Civil Veterinary Department Bihar & Orissa reports 1911-21 - 1911-1921
Year: 1911
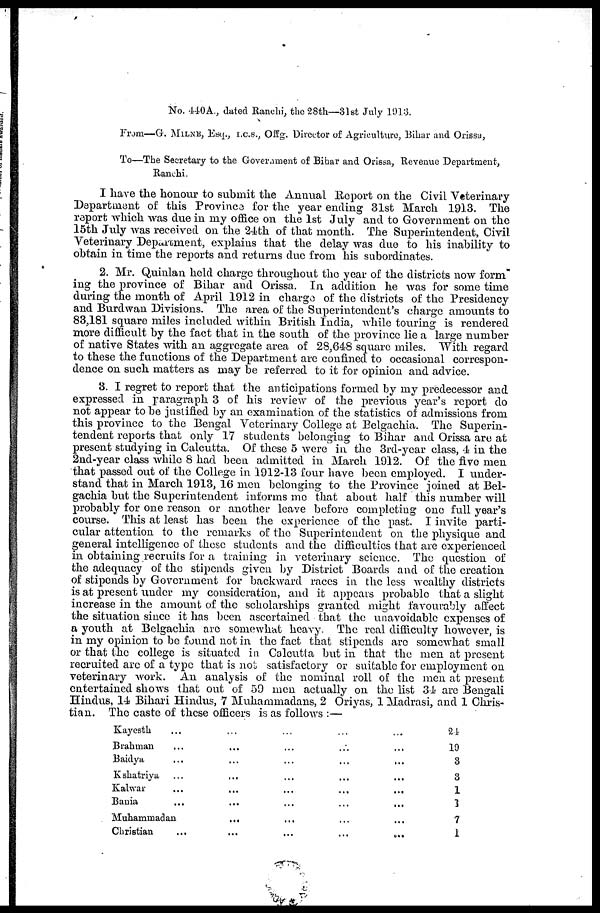
No. 440A., dated Ranchi, the 28th—31st July 1913.
From—G. MILNE, Esq., I.C.S., Offg. Director of Agriculture, Bihar and Orissa,
To—The Secretary to the Government of Bihar and Orissa, Revenue Department,
Ranchi.
I have the honour to submit the Annual Report on the Civil Veterinary
Department of this Province for the year ending 31st March 1913. The
report which was due in my office on the 1st July and to Government on the
15th July was received on the 24th of that month. The Superintendent, Civil
Veterinary Department, explains that the delay was due to his inability to
obtain in time the reports and returns due from his subordinates.
2. Mr. Quinlan held charge throughout the year of the districts now form
ing the province of Bihar and Orissa. In addition he was for some time
during the month of April 1912 in charge of the districts of the Presidency
and Burdwan Divisions. The area of the Superintendent's charge amounts to
83,181 square miles included within British India, while touring is rendered
more difficult by the fact that in the south of the province lie a large number
of native States with an aggregate area of 28,648 square miles. With regard
to these the functions of the Department are confined to occasional correspon-
dence on such matters as may be referred to it for opinion and advice.
8. I regret to report that the anticipations formed by my predecessor and
expressed in paragraph 3 of his review of the previous year's report do
not appear to be justified by an examination of the statistics of admissions from
this province to the Bengal Veterinary College at Belgachia. The Superin-
tendent reports that only 17 students belonging to Bihar and Orissa are at
present studying in Calcutta. Of these 5 were in the 3rd-year class, 4 in the
2nd-year class while 8 had been admitted in March 1912. Of the five men
that passed out of the College in 1912-13 four have been employed. I under-
stand that in March 1913, 16 men belonging to the Province joined at Bel-
gachia but the Superintendent informs mo that about half this number will
probably for one reason or another leave before completing one full year's
course. This at least has been the experience of the past. I invite parti-
cular attention to the remarks of the Superintendent on the physique and
general intelligence of those students and the difficulties that are experienced
in obtaining recruits for a training in veterinary science. The question of
the adequacy of the stipends given by District Boards and of the creation
of stipends by Government for backward races in the less wealthy districts
is at present under my consideration, and it appears probable that a slight
increase in the amount of the scholarships granted might favourably affect
the situation since it has been ascertained that the unavoidable expenses of
a youth at Belgachia are somewhat heavy. The real difficulty however, is
in my opinion to be found not in the fact that stipends are somewhat small
or that the college is situated in Calcutta but in that the men at present
recruited are of a type that is not satisfactory or suitable for employment on
veterinary work. An analysis of the nominal roll of the men at present
entertained shows that out of 59 men actually on the list 34 are Bengali
Hindus, 14 Bihari Hindus, 7 Muhammadans, 2 Oriyas, 1 Madrasi, and 1 Chris-
tian. The caste of these officers is as follows :—
Kayesth ... ... ... ... ...
Brahman
...
... ... ... ...
Baidya
...
...
...
...
...
Kshatriya ...
...
...
...
...
Kalwar
...
...
...
...
...
Bania
...
...
...
...
...
Muhammadan
...
... ... ...
Christian
...
...
...
...
...
24
19
3
3
1
1
7
1